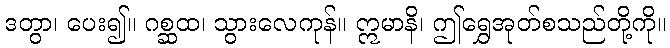
ဒတွာ၊ ပေး၍။ ဂစ္ဆထ၊ သွားလေကုန်။ ဣမာနိ၊ ဤရွှေအုတ်စသည်တို့ကို။